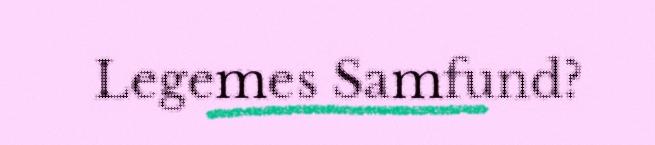
Legemes Samfund?